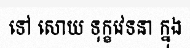
ទៅ សោយ ទុក្ខវេទនា ក្នុង